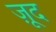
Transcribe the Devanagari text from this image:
ज़ूद